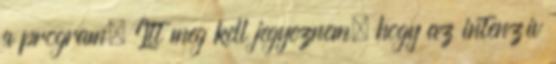
a program. Itt meg kell jegyeznem, hogy az intenzív